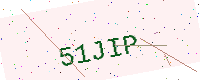
Text: 51JIP